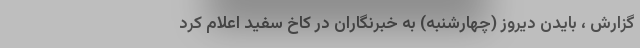
گزارش ، بایدن دیروز (چهارشنبه) به خبرنگاران در کاخ سفید اعلام کرد